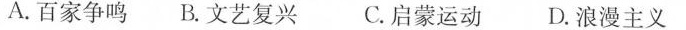
A.百家争鸣B.文艺复兴 C.启蒙运动D.浪漫主义